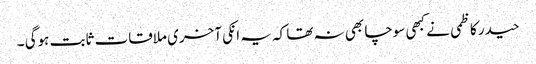
حیدر کاظمی نے کبھی سوچا بھی نہ تھا کہ یہ انکی آخری ملاقات ثابت ہوگی ۔